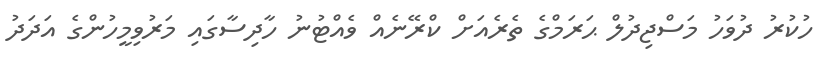
ހުކުރު ދުވަހު މަސްޖިދުލް ޙަރަމްގެ ތެރެއަށް ކްރޭނެއް ވެއްޓުނު ހާދިސާގައި މަރުވިމީހުންގެ އަދަދު